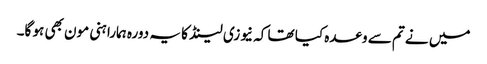
میں نے تم سے وعدہ کیا تھا کہ نیوزی لینڈ کا یہ دورہ ہمارا ہنی مون بھی ہو گا۔